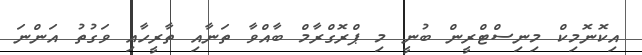
އިކޮނޮމިކް މިނިސްޓްރީން ބުނީ މި ޕްރޮގްރާމް ބާއްވާ ތަނާއި ތާރީހާއި ވަގުތު އަންނަ